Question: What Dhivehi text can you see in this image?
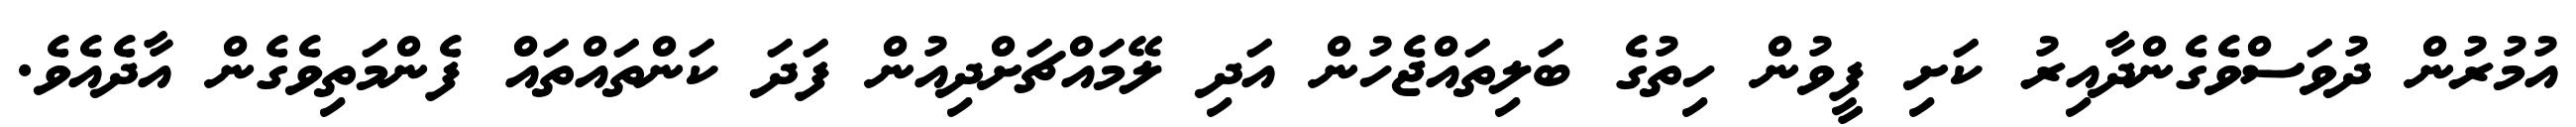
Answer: އުމުރުން ދުވަސްވެގެންދާއިރު ކަށި ފީވުން ހިތުގެ ބަލިތައްޖެހުން އަދި ލޭމައްޗަށްދިއުން ފަދަ ކަންތައްތައް ފެންމަތިވެގެން އާދެއެވެ.